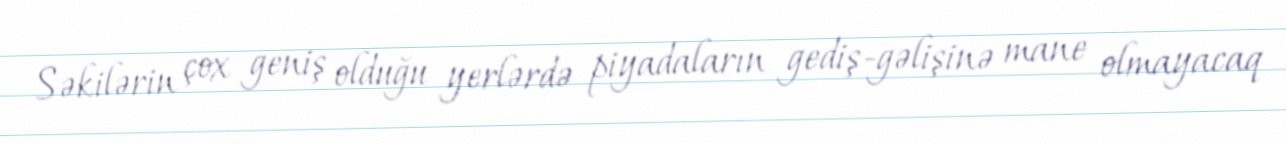
Səkilərin çox geniş olduğu yerlərdə piyadaların gediş-gəlişinə mane olmayacaq